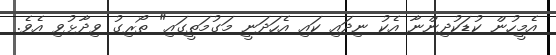
އެމީހުން ކުޑަކުދިންނާ އެކު ނިދައި ކައި އެހަދަނީ މަގުމަތީގައި" ތޯރިގު ވިދާޅުވި އެވެ.